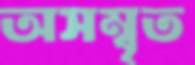
অসম্বৃত